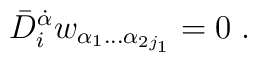
\bar D_i^{\dot\alpha} w_{\alpha_1\ldots\alpha_{2j_1}}=0\;.